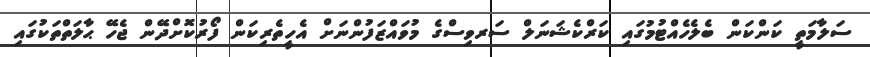
ސަލާމަތީ ކަންކަން ބެލެހެއްޓުމުގައި ކަރްކެޝަނަލް ސަރވިސްގެ މުވައްޒަފުންނަށް އެހީތެރިކަން ފޯރުކޮށްދޭން ޖެހޭ ޙާލަތްތަކުގައި